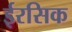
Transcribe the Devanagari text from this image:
ईरसिक